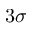
3 \sigma